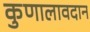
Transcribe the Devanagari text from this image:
कुणालावदान